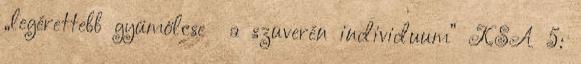
„legérettebb gyümölcse a szuverén individuum” KSA 5: